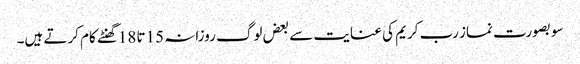
سو بصورت نماز رب کریم کی عنایت سے بعض لوگ روزانہ 15تا 18گھنٹے کام کرتے ہیں۔